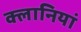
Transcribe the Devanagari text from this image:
क्लानियां